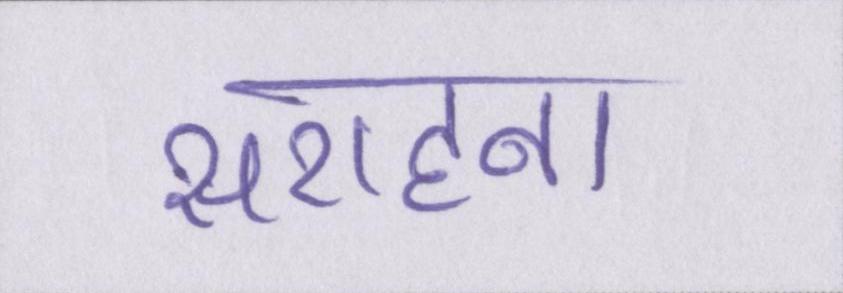
सराहना